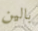
بالين